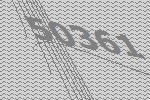
50361